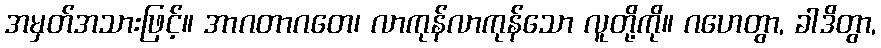
အမှတ်အသားဖြင့်။ အာဂတာဂတေ၊ လာကုန်လာကုန်သော လူတို့ကို။ ဂဟေတွာ, ခါဒိတွာ,